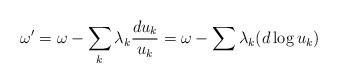
LaTeX: \begin{align*}\omega^{\prime} = \omega - \sum_{k} \lambda_{k} \frac{du_{k}}{u_{k}} = \omega - \sum \lambda_{k} (d \log u_{k})\end{align*}